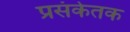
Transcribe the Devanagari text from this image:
प्रसंकेतक